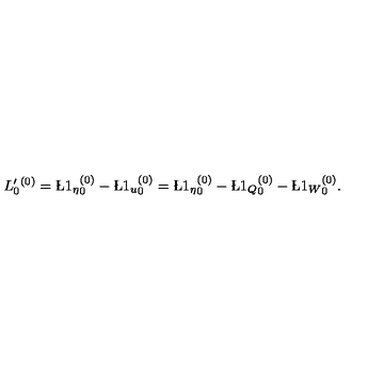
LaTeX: L _ { 0 } ^ { \prime } ^ { ( 0 ) } = { \L 1 _ { \eta } } _ { 0 } ^ { ( 0 ) } - { \L 1 _ { u } } _ { 0 } ^ { ( 0 ) } = { \L 1 _ { \eta } } _ { 0 } ^ { ( 0 ) } - { \L 1 _ { Q } } _ { 0 } ^ { ( 0 ) } - { \L 1 _ { W } } _ { 0 } ^ { ( 0 ) } .